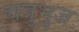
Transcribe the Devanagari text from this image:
चत्रुभुज